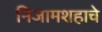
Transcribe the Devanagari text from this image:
निजामशहाचे